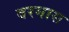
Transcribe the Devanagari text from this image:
वरगास